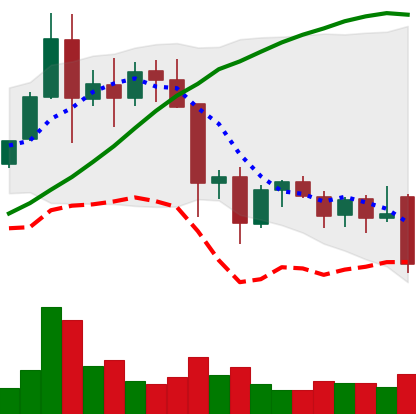
Ticker: EOS-USD
Chart end date: 2021-11-26
Forward return: 3.926%
Label: up_3_5